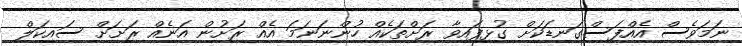
ނަަމަވެސް އެއްފަސްގަނޑަކަށް ގުޅިފައިވާ ރަށްތަކެއް ހުންނަނަމަ އެއް ރަށުން އަނެއް ރަށަށް ސައިކަލް